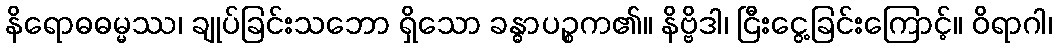
နိရောဓဓမ္မဿ၊ ချုပ်ခြင်းသဘော ရှိသော ခန္ဓာပဉ္စက၏။ နိဗ္ဗိဒါ၊ ငြီးငွေ့ခြင်းကြောင့်။ ဝိရာဂါ၊